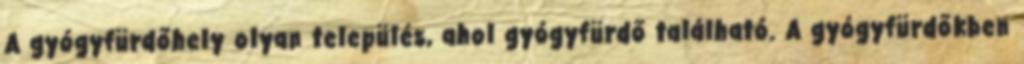
A gyógyfürdőhely olyan település, ahol gyógyfürdő található. A gyógyfürdőkben